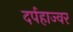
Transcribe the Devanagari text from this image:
दर्पहाज्वर